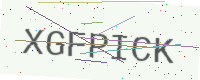
Text: XGFPICK